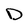
Character: D